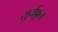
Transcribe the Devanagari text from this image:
सुर्यफूल